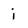
Character: i